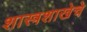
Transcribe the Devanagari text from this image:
शास्त्रशाखेचे